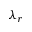
\lambda _ { r }